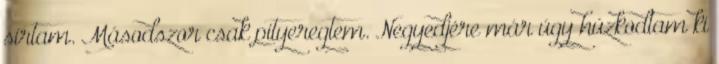
sírtam. Másodszor csak pityeregtem. Negyedjére már úgy húzkodtam ki